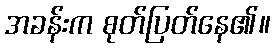
အခန်းက စုတ်ပြတ်နေ၏။